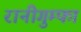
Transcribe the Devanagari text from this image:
रानीगुम्फा